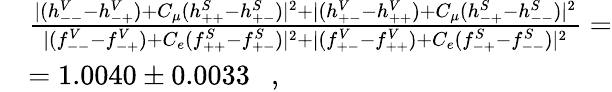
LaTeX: \begin{array}{rl}{{}}&{{\frac{|(h_{--}^{V}-h_{-+}^{V})+C_{\mu}(h_{++}^{S}-h_{+-}^{S})|^{2}+|(h_{+-}^{V}-h_{++}^{V})+C_{\mu}(h_{-+}^{S}-h_{--}^{S})|^{2}}{|(f_{--}^{V}-f_{-+}^{V})+C_{e}(f_{++}^{S}-f_{+-}^{S})|^{2}+|(f_{+-}^{V}-f_{++}^{V})+C_{e}(f_{-+}^{S}-f_{--}^{S})|^{2}}=}}\\ {{}}&{{=1.0040\pm 0.0033\ \ \ ,}}\end{array}